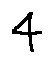
4